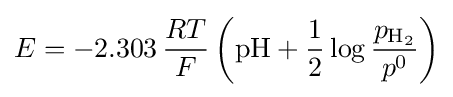
E=-2.303\,{RT \over F}\left(\mathrm {pH} +{\frac {1}{2}}\log {\frac {p_{\mathrm {H_{2}} }}{p^{0}}}\right)